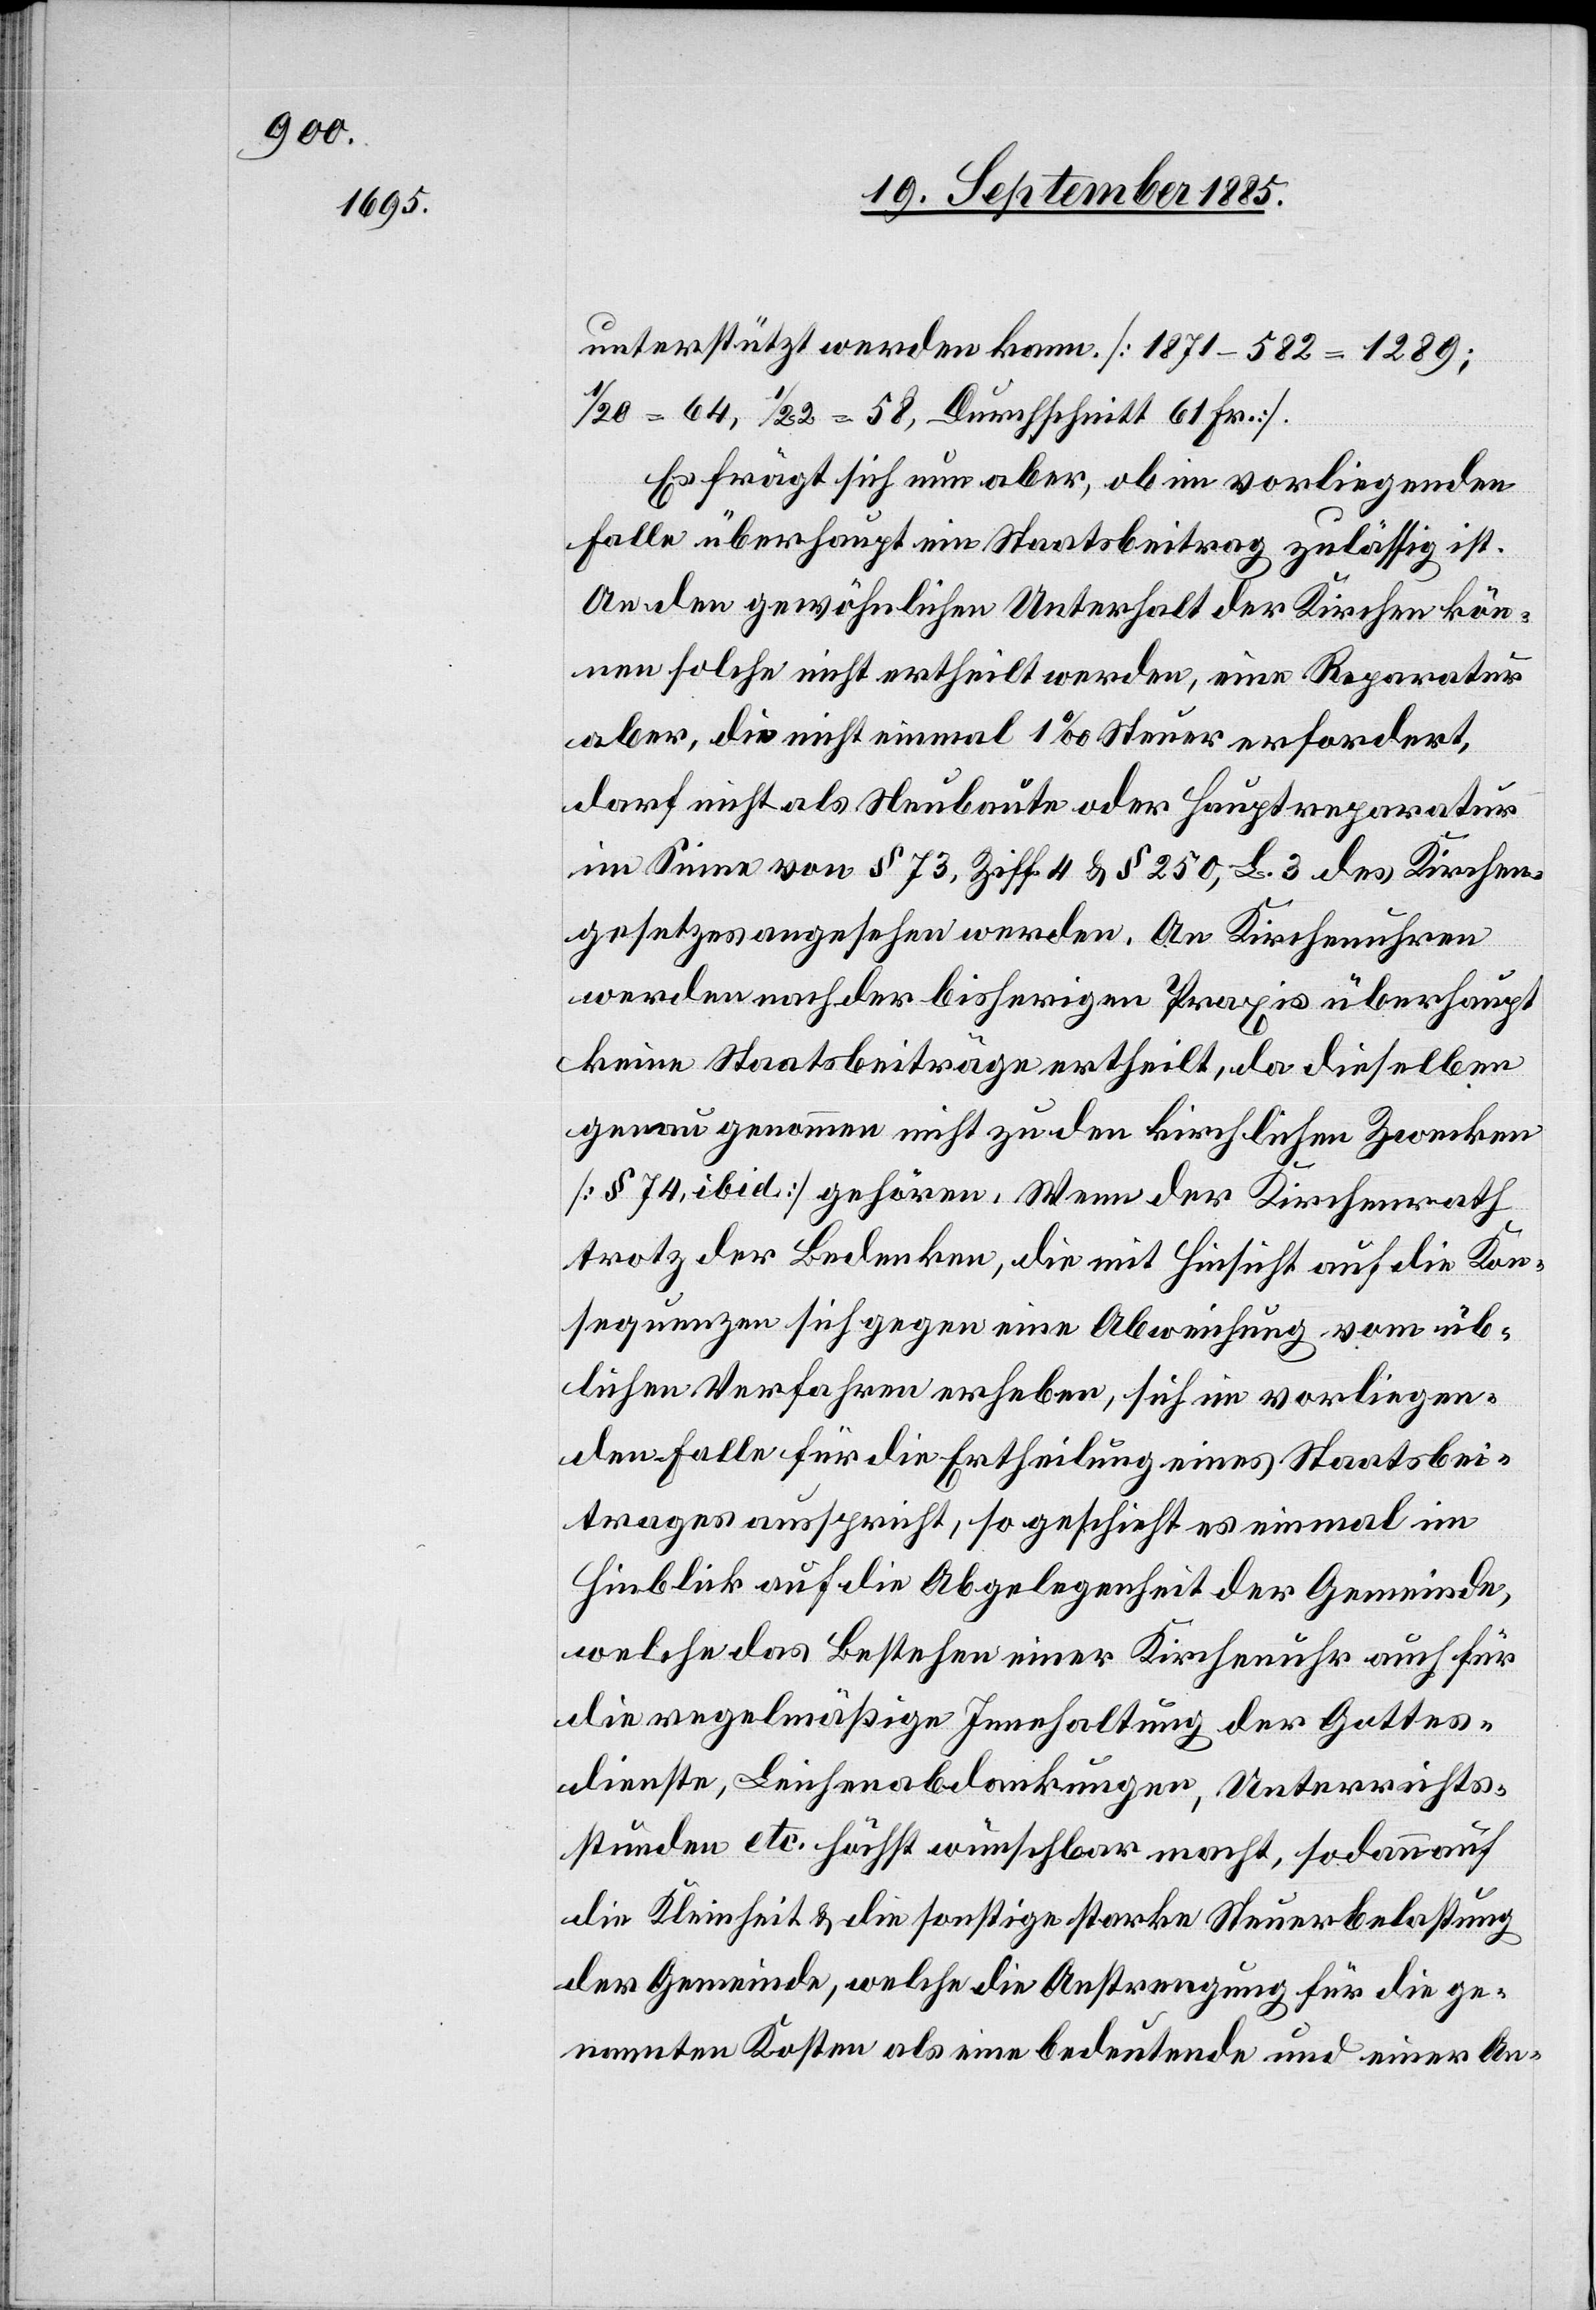
unterstützt werden kann [1871–582 = 1289;
1/20 = 64, 1/22 = 58, Durchschnitt 61 Fr.].
Es frägt sich nun aber, ob im vorliegenden
Falle überhaupt ein Staatsbeitrag zulässig ist.
An den gewöhnlichen Unterhalt der Kirchen kön¬
nen solche nicht ertheilt werden, eine Reparatur
aber, die nicht einmal 1‰ Steuer erfordert,
darf nicht als Neubaute oder Hauptreparatur
im Sinne von § 73, Ziff. 4 & § 250, L. 3 des Kirchen¬
gesetzes angesehen werden. An Kirchenuhren
werden nach der bisherigen Praxis überhaupt
keine Staatsbeiträge ertheilt, da dieselben
genau genommen nicht zu den kirchlichen Zwecken
[§ 74, ibid] gehören. Wenn der Kirchenrath
trotz der Bedenken, die mit Hinsicht auf die Kon¬
sequenzen sich gegen eine Abweichung vom üb¬
lichen Verfahren erheben, sich im vorliegen¬
den Falle für die Ertheilung eines Staatsbei¬
trages ausspricht, so geschieht es einmal im
Hinblick auf die Abgelegenheit der Gemeinde,
welche das Bestehen einer Kirchenuhr auch für
die regelmäßige Innehaltung der Gottes¬
dienste, Leichenabdankungen, Unterrichts¬
stunden etc. höchst wünschbar macht, sodann auf
die Kleinheit & die sonstige starke Steuerbelastung
der Gemeinde, welche die Anstrengung für die ge¬
nannten Kosten als eine bedeutende und einer An-